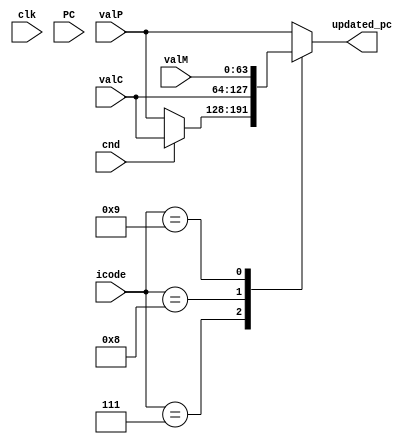
module pc_update (
    input clk,
    input cnd,
    input [3:0] icode,
    input [63:0] valC,
    input [63:0] valM,
    input [63:0] valP,
    input [63:0] PC,
    output reg [63:0] updated_pc
);

    always @* begin
        case (icode)
            4'd7: begin
                if (cnd == 1'b1)
                    updated_pc = valC;
                else
                    updated_pc = valP;
            end
            4'd8: begin
                updated_pc = valC;
            end
            4'd9: begin
                updated_pc = valM;
            end
            default: begin
                updated_pc = valP;
            end
        endcase
    end

endmodule